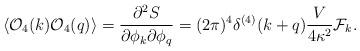
LaTeX: \begin{align*}\langle {\cal O}_4(k){\cal O}_4(q)\rangle = {\partial^2S \over \partial\phi_k\partial\phi_q} = (2\pi)^4\delta^{(4)}(k+q){V \over 4\kappa^2}{\cal F}_k.\end{align*}